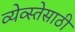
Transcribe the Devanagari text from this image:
व्येव्स्तेसाठी